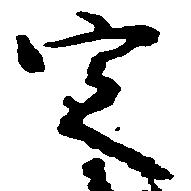
定